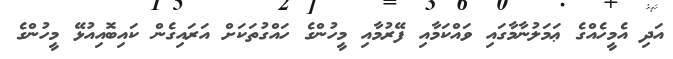
އަދި އެމީހެއްގެ ޢަމަލުނާމާގައި ވައްކަމާއި ފޭރުމާއި މީހުންގެ ހައްގުތަކަށް އަރައިގެން ކައިބޮއިއުޅޭ މީހުންގެ